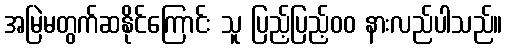
အမြဲမတွက်ဆနိုင်ကြောင်း သူ ပြည့်ပြည့်၀၀ နားလည်ပါသည်။